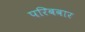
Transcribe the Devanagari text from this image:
परिबवार